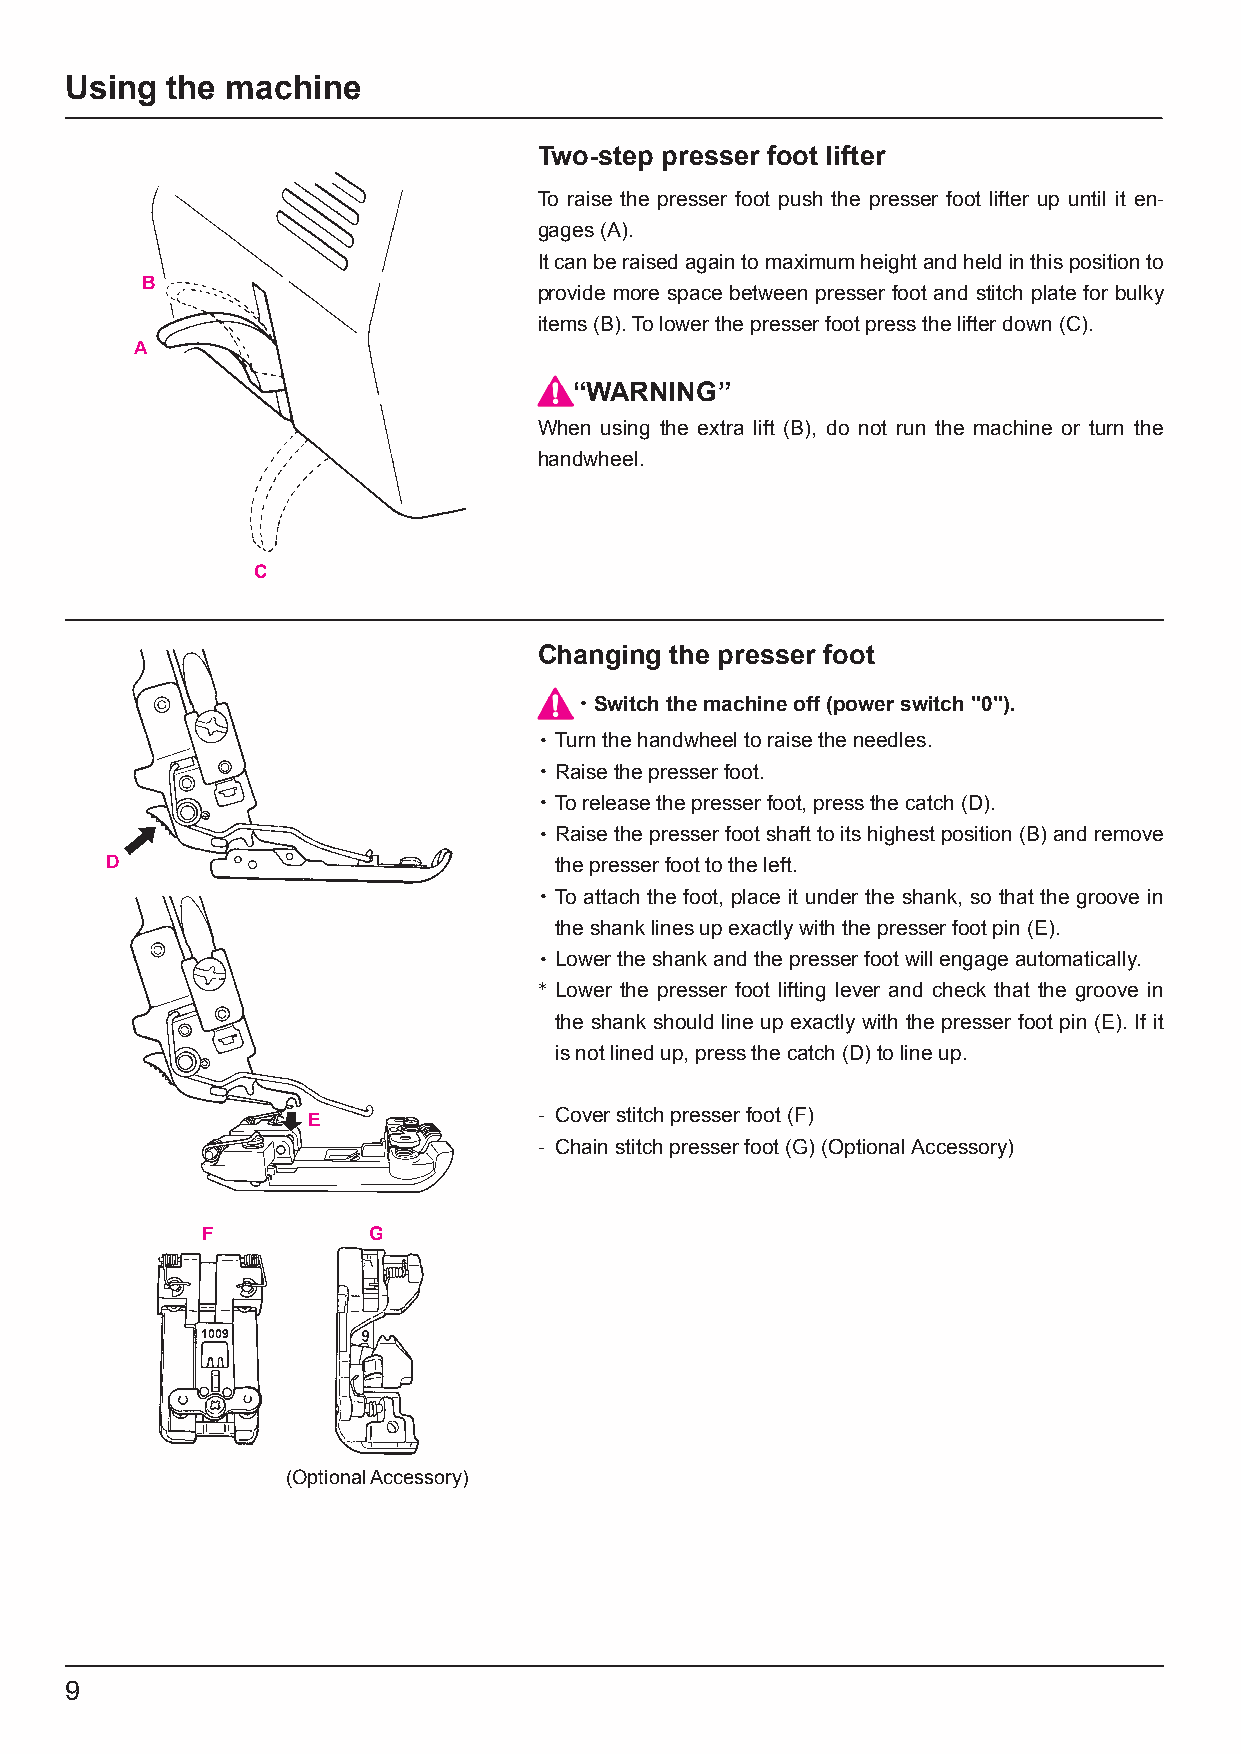
Using  the machine
 Two-step presser foot lifter
 To raise the presser foot push the presser foot lifter up until it en-
 gages (A).
 It can be raised again to maximum height and held in this position to
 B
 provide more space between presser foot and stitch plate for bulky
 items (B). To lower the presser foot press the lifter down (C).
 A
 “WARNING”
 When using the extra lift (B), do not run the machine or turn the
 handwheel.
 C
 Changing the presser foot
 ・Switch the machine off (power switch "0").
 ・ Turn the handwheel to raise the needles.
 ・ Raise the presser foot.
 ・ To release the presser foot, press the catch (D).
 ・ Raise the presser foot shaft to its highest position (B) and remove
 D                             the presser foot to the left.
 ・ To attach the foot, place it under the shank, so that the groove in
 the shank lines up exactly with the presser foot pin (E).
 ・ Lower the shank and the presser foot will engage automatically.
 * Lower the presser foot lifting lever and check that the groove in
 the shank should line up exactly with the presser foot pin (E). If it
 is not lined up, press the catch (D) to line up.
 E               - Cover stitch presser foot (F)
 - Chain stitch presser foot (G) (Optional Accessory)
 F          G
 1009
 (Optional Accessory)
 9